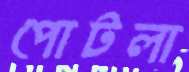
পোটলা